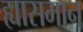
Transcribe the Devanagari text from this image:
ह्यासमान